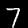
Digit: 7